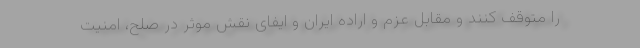
را متوقف کنند و مقابل عزم و اراده ایران و ایفای نقش موثر در صلح، امنیت